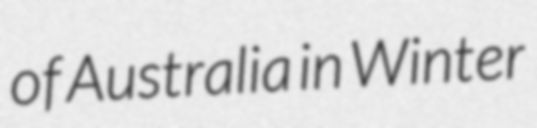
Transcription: of Australia in Winter